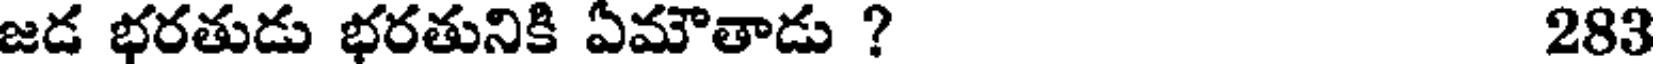
జడ భరతుడు భరతునికి ఏమౌతాడు ? 283